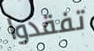
تفقدوا